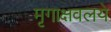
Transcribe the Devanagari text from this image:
मृगाक्षवलये